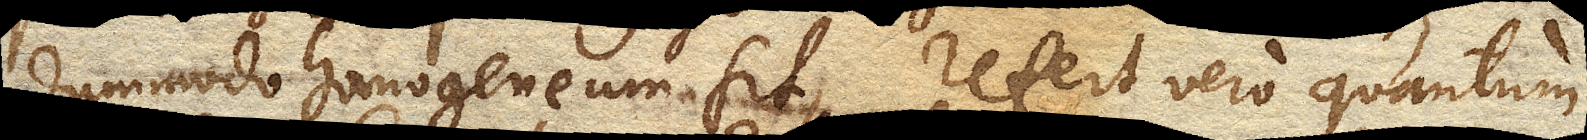
dummodo homogeneum sit, refert vero quantum